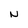
Character: N